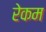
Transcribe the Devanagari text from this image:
रेकम